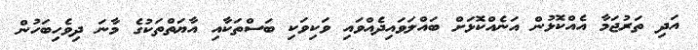
އަދި ތަރުޖަމާ އެއްކޮޅުން އަނެއްކޮޅަށް ބައްލަވައިދެއްވައި ވަކިވަކި ބަސްތަކާއި އާޔަތްތަކުގެ މާނަ ދިވެހިބަހުން